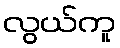
လွယ်ကူ